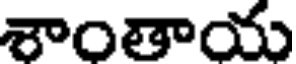
శాంతాయ